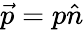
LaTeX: {\vec{p}}=p{\hat{n}}